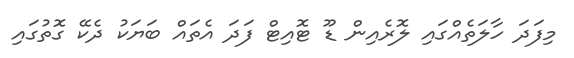
މިފަދަ ހާލަތެއްގައި ލޮރެއިން ޑޫ ޓޮއިޓް ފަދަ އެތައް ބަޔަކު ދެކޭ ގޮތުގައި